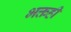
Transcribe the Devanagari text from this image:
भक्तही